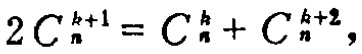
\(2C_{n}^{k + 1}=C_{n}^{k}+C_{n}^{k + 2}\)